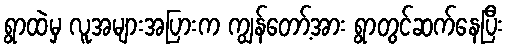
ရွာထဲမှ လူအများအပြားက ကျွန်တော့်အား ရွာတွင်ဆက်နေပြီး